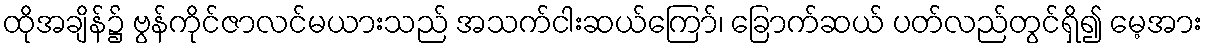
ထိုအချိန်၌ ဗွန်ကိုင်ဇာလင်မယားသည် အသက်ငါးဆယ်ကြော်၊ ခြောက်ဆယ် ပတ်လည်တွင်ရှိ၍ မေ့အား